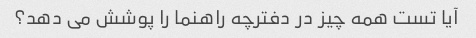
آیا تست همه چیز در دفترچه راهنما را پوشش می دهد؟